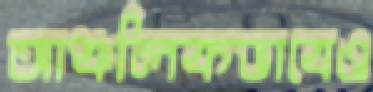
আঞ্চলিকভাবেও